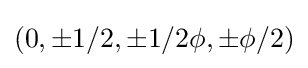
(0,\pm 1/2,\pm 1/2\phi ,\pm \phi /2)